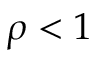
\rho < 1